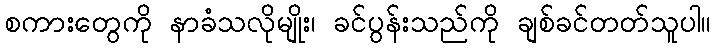
စကားတွေကို နာခံသလိုမျိုး၊ ခင်ပွန်းသည်ကို ချစ်ခင်တတ်သူပါ။